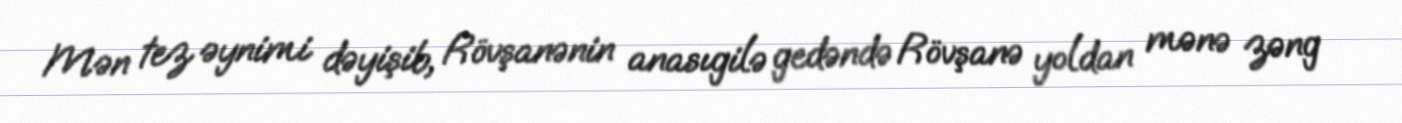
Mən tez əynimi dəyişib, Rövşanənin anasıgilə gedəndə Rövşanə yoldan mənə zəng